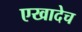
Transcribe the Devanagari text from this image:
एखादेच